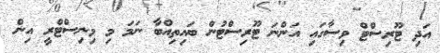
އަދި ޓޫރިސްޓް ވިސާގައި އަންނަ ޓޫރިސްޓުން ބައިތިއްބާ ނަމަ މި މިނިސްޓްރީ އިން